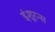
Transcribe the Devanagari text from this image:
इंशुरन्स